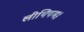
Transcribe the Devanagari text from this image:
लीथियम।